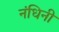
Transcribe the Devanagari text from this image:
नंधिनी